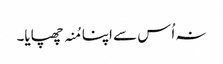
نہ اُس سے اپنا مُنہ چھپایا۔